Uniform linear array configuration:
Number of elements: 24
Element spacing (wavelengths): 0.75
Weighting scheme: kaiser
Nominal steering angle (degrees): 0
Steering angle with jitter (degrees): -0.4704
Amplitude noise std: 0.05
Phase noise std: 0.05

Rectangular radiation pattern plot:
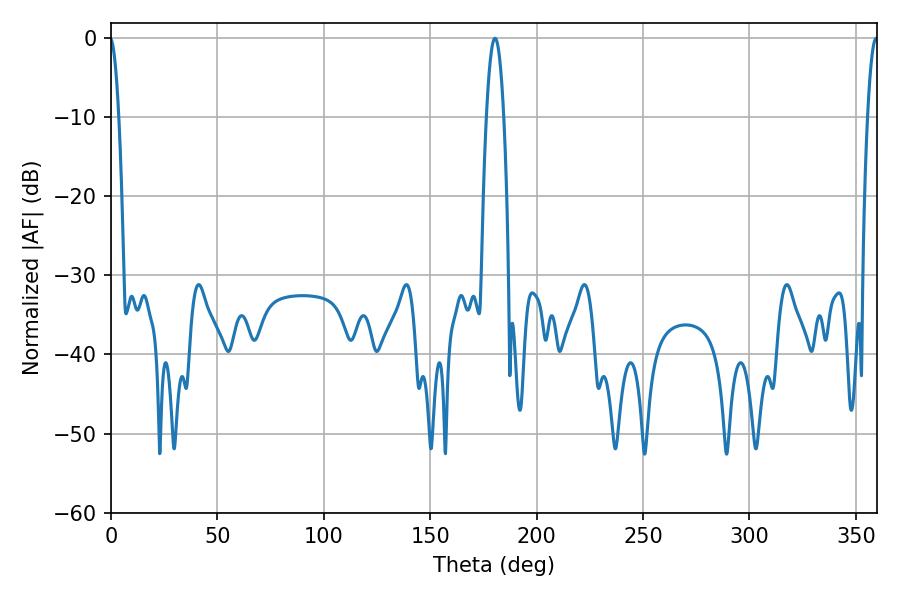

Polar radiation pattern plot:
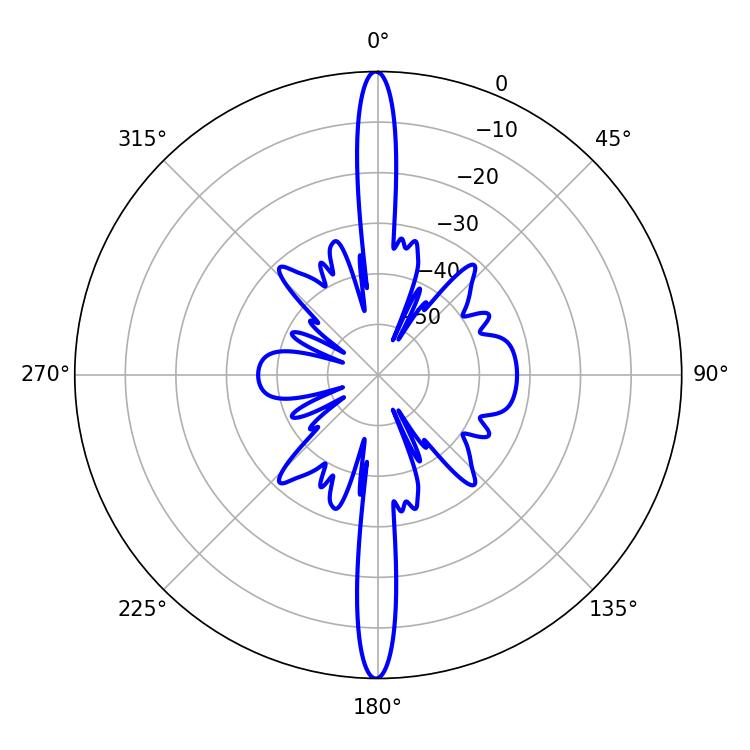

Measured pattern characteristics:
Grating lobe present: TRUE
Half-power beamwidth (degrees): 2.7
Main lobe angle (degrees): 359.64